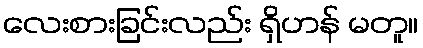
လေးစားခြင်းလည်း ရှိဟန် မတူ။